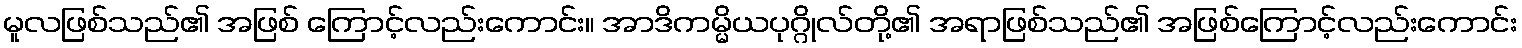
မူလဖြစ်သည်၏ အဖြစ် ကြောင့်လည်းကောင်း။ အာဒိကမ္မိယပုဂ္ဂိုလ်တို့၏ အရာဖြစ်သည်၏ အဖြစ်ကြောင့်လည်းကောင်း